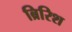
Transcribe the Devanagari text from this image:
ब्रिरिश